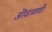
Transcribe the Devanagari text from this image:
ऒवाळणी